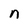
Character: n